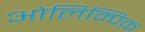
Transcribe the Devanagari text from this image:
ओलिम्पिक़